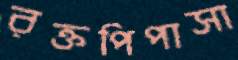
রক্তপিপাসা